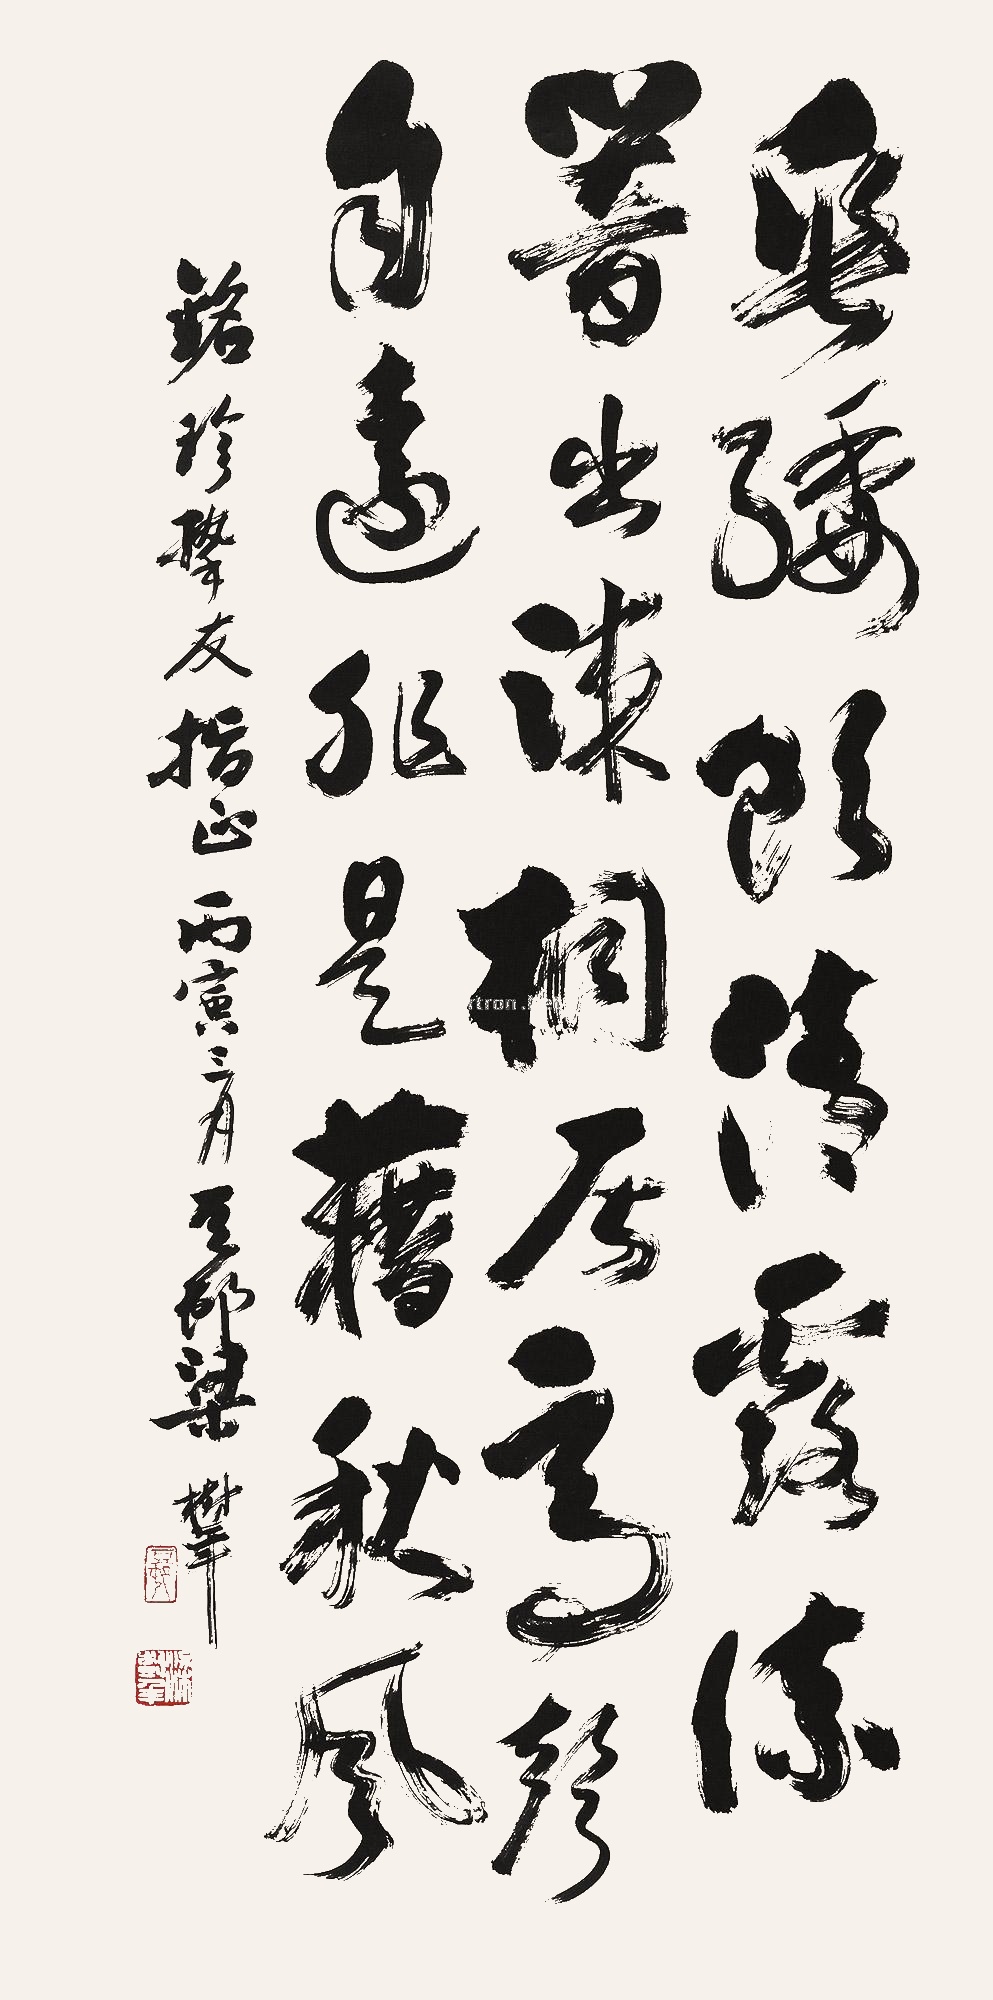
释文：垂緌饮清露，流响出疏桐。居高声自远，非是藉秋风。铭珍挚友指正。丙寅三月，豆村梁树年。